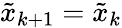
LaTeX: \tilde{x}_{k+1}=\tilde{x}_{k}